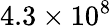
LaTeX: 4.3\times 10^{8}